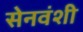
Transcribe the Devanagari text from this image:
सेनवंशी